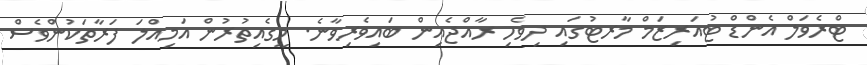
ޓްރެވަލް އެންޑް ޓުއަރިޒަމް މާރޓުގައި ދިވެހި ރާއްޖެއިން ބައިވެރިވާނެ. މީގެއިތުރުން އަމިއްލަ ފަރާތަކުންވެސް